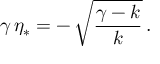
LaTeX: \gamma \, \eta _ { * } = - \, \sqrt { \frac { \gamma - k } { k } } \, .